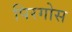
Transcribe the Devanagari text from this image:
पिरगोस